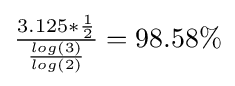
{\textstyle {\frac {3.125*{\frac {1}{2}}}{\frac {log(3)}{log(2)}}}=98.58\%}